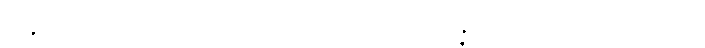
သဉ္ဇဂ္ဃိတောယထာ၊ ရှေးက ပြင်းစွာရယ်မြူးသကဲ့သို့။ အဇ္ဇာပိ၊ ယခုကိုးကွယ်ရာ ရှိသော